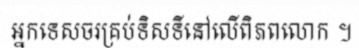
អ្នកទេសចរគ្រប់ទិសទីនៅលើពិភពលោក ។